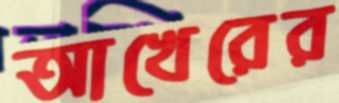
আখেরের